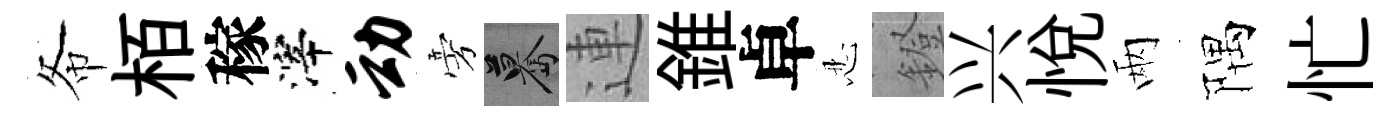
𢁙栢稼滓动旁驀連錐卓忍鐙兴悅兩隅忙